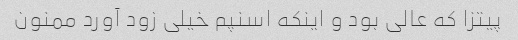
پیتزا که عالی بود و اینکه اسنپم خیلی زود آورد ممنون